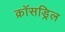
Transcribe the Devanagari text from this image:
क्रॉसड्रिल